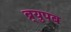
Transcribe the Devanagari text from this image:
ब्र्युपब